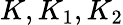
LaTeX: K,K_{1},K_{2}